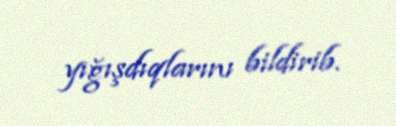
yığışdıqlarını bildirib.